Annual statistical returns and brief notes on vaccination in Bengal - 1909-1929
Year: 1909
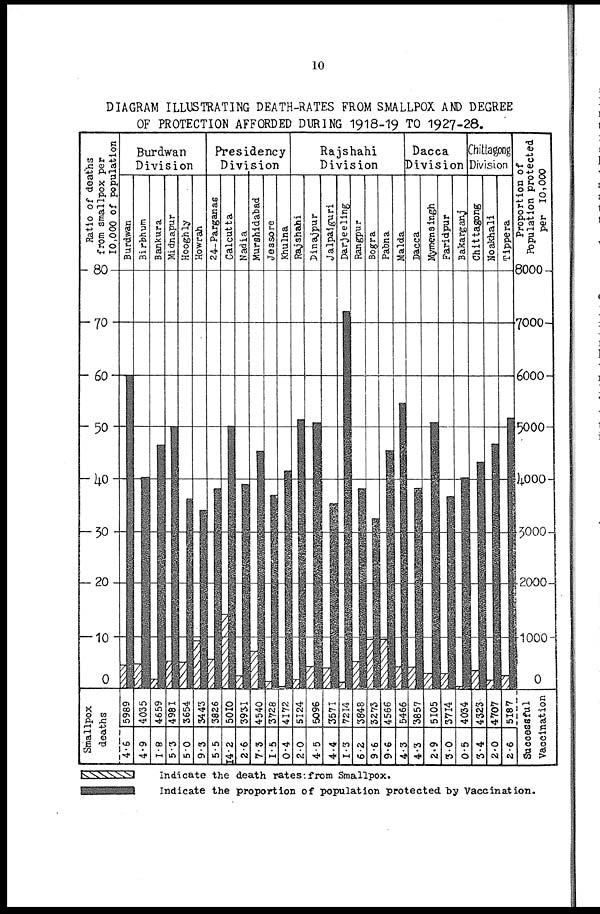
10
DIAGRAM ILLUSTRATING DEATH-RATES FROM SMALLPOX AND DEGREE
OF PROTECTION AFFORDED DURING 1918-19 TO 1927-28.